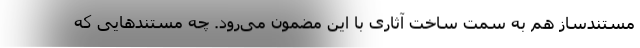
مستندساز هم به سمت ساخت آثاری با این مضمون می‌رود. چه مستندهایی که